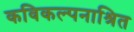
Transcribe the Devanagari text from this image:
कविकल्पनाश्रित